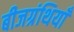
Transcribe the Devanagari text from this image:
बीजग्रंथियाँ